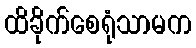
ထိခိုက်စေရုံသာမက